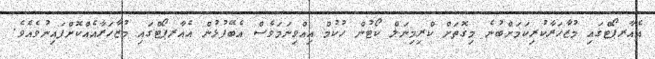
އެއާރޕޯޓްގައި މުޒާހަރާކުރިކަމަށްބުނެ މިގޮތަށް ކްރިމިނަލް ކޯޓުން ހުކުމް އިއްވިނަމަވެސް އެބޭފުޅުން އެއާރޕޯޓްގައި މުޒާހަރާއެއްކޮށްފައިނުވެއެވެ.